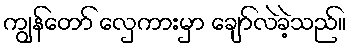
ကျွန်တော် လှေကားမှာ ချော်လဲခဲ့သည်။